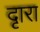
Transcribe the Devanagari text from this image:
दृारा